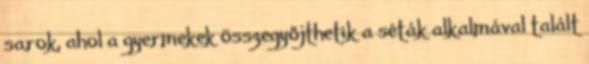
sarok, ahol a gyermekek összegyőjthetik a séták alkalmával talált